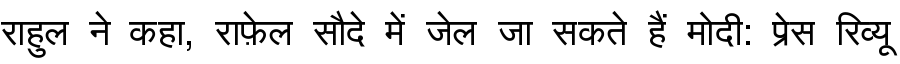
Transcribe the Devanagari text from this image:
राहुल ने कहा, राफ़ेल सौदे में जेल जा सकते हैं मोदी: प्रेस रिव्यू